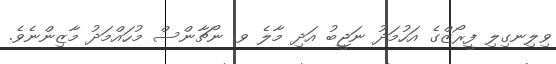
ވިލިނގިލި ފީރޯޒްގެ އަހުމަދު ނަޖީބު އަދި މާލެ ވ. ނޯޗާންސް މުހައްމަދު މާޒިންނެވެ.